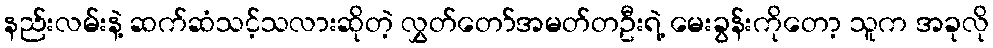
နည်းလမ်းနဲ့ ဆက်ဆံသင့်သလားဆိုတဲ့ လွှတ်တော်အမတ်တဦးရဲ့ မေးခွန်းကိုတော့ သူက အခုလို